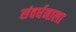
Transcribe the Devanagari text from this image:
संवर्धनाला